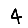
Digit: 4